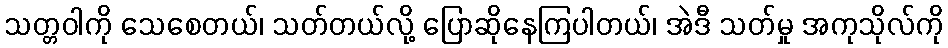
သတ္တဝါကို သေစေတယ်၊ သတ်တယ်လို့ ပြောဆိုနေကြပါတယ်၊ အဲဒီ သတ်မှု အကုသိုလ်ကို